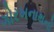
ગોરખનાથનો